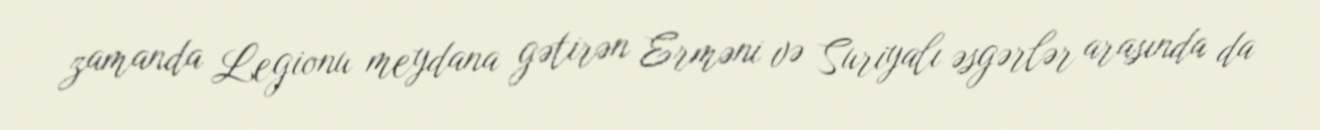
zamanda Legionu meydana gətirən Erməni və Suriyalı əsgərlər arasında da